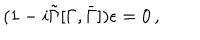
( 1 - i \tilde { \Gamma } [ \Gamma , \bar { \Gamma } ] ) \epsilon = 0 \, ,